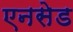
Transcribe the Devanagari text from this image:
एनसेड